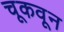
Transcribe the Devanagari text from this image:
चूकवून